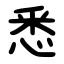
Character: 悉